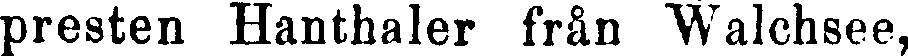
presten Hanthaler från "Walchsee,